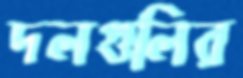
দলগুলির